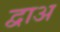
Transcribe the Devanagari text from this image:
द्वाअ